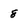
Character: 8